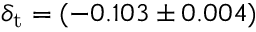
\delta _ { \mathrm { t } } = ( - 0 . 1 0 3 \pm 0 . 0 0 4 )